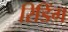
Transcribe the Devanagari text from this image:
रिडिंग